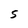
Character: 5